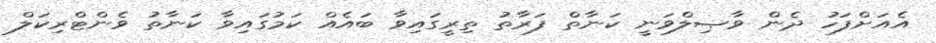
އެއަށްފަހު ދެން ވާޞިލްވަނީ ކަނާތް ފަރާތު ތިރީގައިވާ ބައެއް ކަމުގައިވާ ކަނާތު ވެންޓްރިކަލް